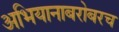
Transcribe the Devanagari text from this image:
अभियानाबरोबरच